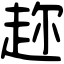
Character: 趂